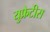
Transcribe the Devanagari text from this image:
युफ्रेटीस